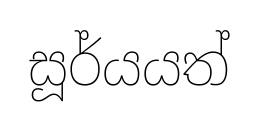
සූර්යයත්